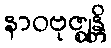
နာဝဗုဇ္ဈန္တိ